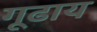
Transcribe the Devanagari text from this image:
गूढाय